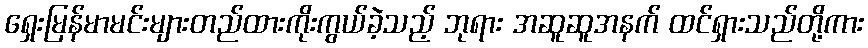
ရှေးမြန်မာမင်းများတည်ထားကိုးကွယ်ခဲ့သည့် ဘုရား အဆူဆူအနက် ထင်ရှားသည်တို့ကား